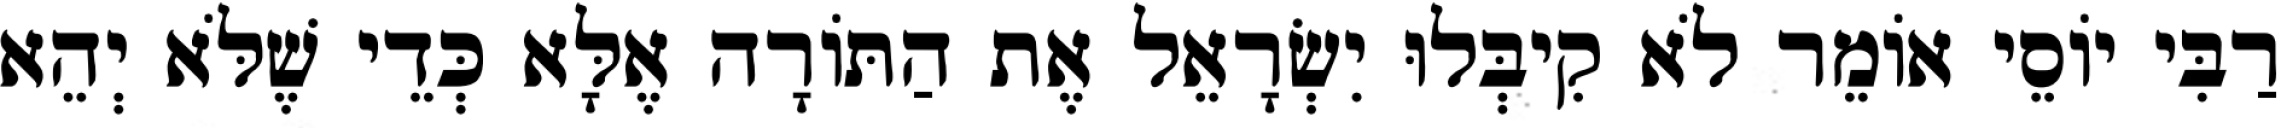
רַבִּי יוֹסֵי אוֹמֵר לֹא קִיבְּלוּ יִשְׂרָאֵל אֶת הַתּוֹרָה אֶלָּא כְּדֵי שֶׁלֹּא יְהֵא